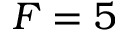
F = 5